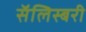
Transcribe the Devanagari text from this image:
सॅलिस्बरी